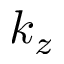
k _ { z }